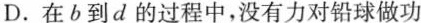
D.在b到d的过程中，没有力对铅球做功